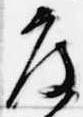
度